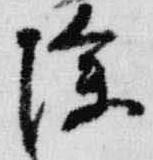
除